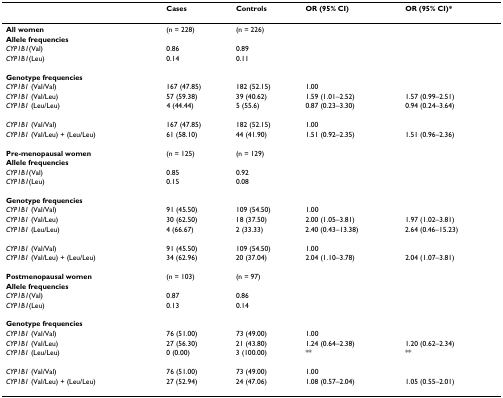
<table><thead><tr><td></td><td><b>Cases</b></td><td><b>Controls</b></td><td><b>OR (95% CI)</b></td><td><b>OR (95% CI)*</b></td></tr></thead><tbody><tr><td><b>All women</b></td><td>(n = 228)</td><td>(n = 226)</td><td></td><td></td></tr><tr><td><b>Allele frequencies</b></td><td></td><td></td><td></td><td></td></tr><tr><td><i>CYP1B1</i>(Val)</td><td>0.86</td><td>0.89</td><td></td><td></td></tr><tr><td><i>CYP1B1</i>(Leu)</td><td>0.14</td><td>0.11</td><td></td><td></td></tr><tr><td><b>Genotype frequencies</b></td><td></td><td></td><td></td><td></td></tr><tr><td><i>CYP1B1 </i>(Val/Val)</td><td>167 (47.85)</td><td>182 (52.15)</td><td>1.00</td><td></td></tr><tr><td><i>CYP1B1 </i>(Val/Leu)</td><td>57 (59.38)</td><td>39 (40.62)</td><td>1.59 (1.01–2.52)</td><td>1.57 (0.99–2.51)</td></tr><tr><td><i>CYP1B1 </i>(Leu/Leu)</td><td>4 (44.44)</td><td>5 (55.6)</td><td>0.87 (0.23–3.30)</td><td>0.94 (0.24–3.64)</td></tr><tr><td><i>CYP1B1 </i>(Val/Val)</td><td>167 (47.85)</td><td>182 (52.15)</td><td>1.00</td><td></td></tr><tr><td><i>CYP1B1 </i>(Val/Leu) + (Leu/Leu)</td><td>61 (58.10)</td><td>44 (41.90)</td><td>1.51 (0.92–2.35)</td><td>1.51 (0.96–2.36)</td></tr><tr><td><b>Pre-menopausal women</b></td><td>(n = 125)</td><td>(n = 129)</td><td></td><td></td></tr><tr><td><b>Allele frequencies</b></td><td></td><td></td><td></td><td></td></tr><tr><td><i>CYP1B1</i>(Val)</td><td>0.85</td><td>0.92</td><td></td><td></td></tr><tr><td><i>CYP1B1</i>(Leu)</td><td>0.15</td><td>0.08</td><td></td><td></td></tr><tr><td><b>Genotype frequencies</b></td><td></td><td></td><td></td><td></td></tr><tr><td><i>CYP1B1 </i>(Val/Val)</td><td>91 (45.50)</td><td>109 (54.50)</td><td>1.00</td><td></td></tr><tr><td><i>CYP1B1 </i>(Val/Leu)</td><td>30 (62.50)</td><td>18 (37.50)</td><td>2.00 (1.05–3.81)</td><td>1.97 (1.02–3.81)</td></tr><tr><td><i>CYP1B1 </i>(Leu/Leu)</td><td>4 (66.67)</td><td>2 (33.33)</td><td>2.40 (0.43–13.38)</td><td>2.64 (0.46–15.23)</td></tr><tr><td><i>CYP1B1 </i>(Val/Val)</td><td>91 (45.50)</td><td>109 (54.50)</td><td>1.00</td><td></td></tr><tr><td><i>CYP1B1 </i>(Val/Leu) + (Leu/Leu)</td><td>34 (62.96)</td><td>20 (37.04)</td><td>2.04 (1.10–3.78)</td><td>2.04 (1.07–3.81)</td></tr><tr><td><b>Postmenopausal women</b></td><td>(n = 103)</td><td>(n = 97)</td><td></td><td></td></tr><tr><td><b>Allele frequencies</b></td><td></td><td></td><td></td><td></td></tr><tr><td><i>CYP1B1</i>(Val)</td><td>0.87</td><td>0.86</td><td></td><td></td></tr><tr><td><i>CYP1B1</i>(Leu)</td><td>0.13</td><td>0.14</td><td></td><td></td></tr><tr><td><b>Genotype frequencies</b></td><td></td><td></td><td></td><td></td></tr><tr><td><i>CYP1B1 </i>(Val/Val)</td><td>76 (51.00)</td><td>73 (49.00)</td><td>1.00</td><td></td></tr><tr><td><i>CYP1B1 </i>(Val/Leu)</td><td>27 (56.30)</td><td>21 (43.80)</td><td>1.24 (0.64–2.38)</td><td>1.20 (0.62–2.34)</td></tr><tr><td><i>CYP1B1 </i>(Leu/Leu)</td><td>0 (0.00)</td><td>3 (100.00)</td><td>**</td><td>**</td></tr><tr><td><i>CYP1B1 </i>(Val/Val)</td><td>76 (51.00)</td><td>73 (49.00)</td><td>1.00</td><td></td></tr><tr><td><i>CYP1B1 </i>(Val/Leu) + (Leu/Leu)</td><td>27 (52.94)</td><td>24 (47.06)</td><td>1.08 (0.57–2.04)</td><td>1.05 (0.55–2.01)</td></tr></tbody></table>